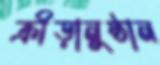
ক্রীড়ানুষ্ঠান